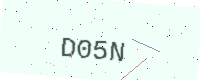
Text: D05N